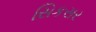
સિકસર